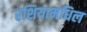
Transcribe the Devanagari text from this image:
रशियामधिल